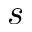
s